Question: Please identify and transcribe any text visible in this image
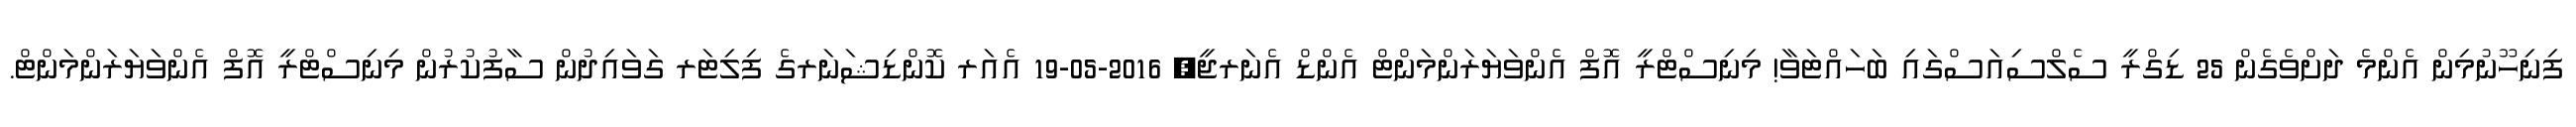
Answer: ފިނިހޫނުމިން އެންމެ ދަށްވެގެން 25 ޑިގްރީ ސެލްސިއަސްގައި ބަހައްޓަވާ! މިނިސްޓްރީ އޮފް އެންވަޔަރަންމަންޓް އެންޑް އެނަރޖީ; 2016-05-19 އެއަރ ކޮންޑިޝަނަރގެ ފިލިޓަރ ގަވައިދުން ސާފުކުރުން މިނިސްޓްރީ އޮފް އެންވަޔަރަންމަންޓް.